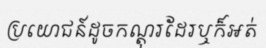
ប្រយោជន៍ដូចកណ្តុរដែរឬក៏អត់